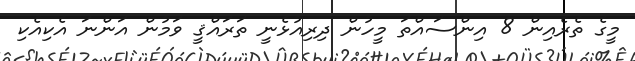
މީގެ ތެރެއިން 8 އިންސައްތަ މީހުން ދިރިއުޅެނީ ތަރައްޤީ ވަމުން އަންނަ އެކިއެކި